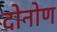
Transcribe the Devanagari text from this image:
दोनोण